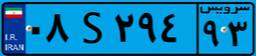
۰۵S۱۹۲۱۵